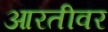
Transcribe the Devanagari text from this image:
आरतीवर